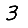
Digit: 3